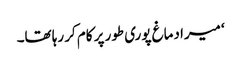
‘ میرا دماغ پوری طور پر کام کر رہا تھا۔